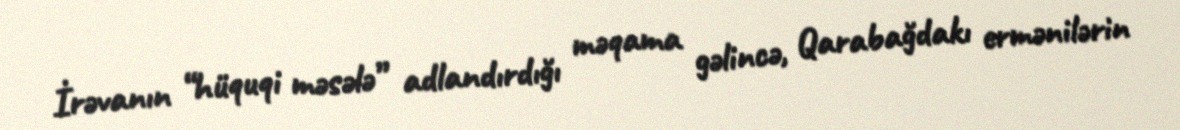
İrəvanın “hüquqi məsələ” adlandırdığı məqama gəlincə, Qarabağdakı ermənilərin